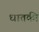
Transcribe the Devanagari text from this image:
धातकी